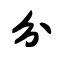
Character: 分